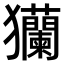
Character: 𤣢